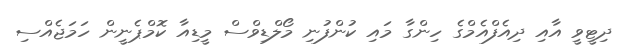
ދިޓީވީ އާއި ދިއެފްއެމްގެ ހިންގާ މައި ކުންފުނި މޯލްޑިވްސް މީޑިއާ ކޮމްޕެނީން ހަމަޖެއްސި